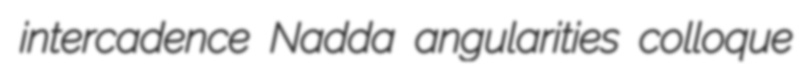
intercadence Nadda angularities colloque